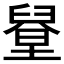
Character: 𦦋